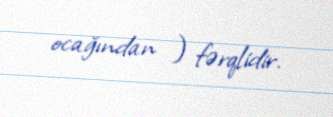
ocağından ) fərqlidir.